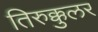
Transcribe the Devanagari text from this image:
तिरुक्कुलर